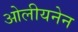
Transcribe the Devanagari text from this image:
ओलीयनेन